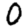
Digit: 0